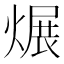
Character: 𱫻